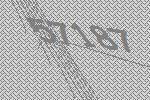
57187